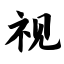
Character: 视